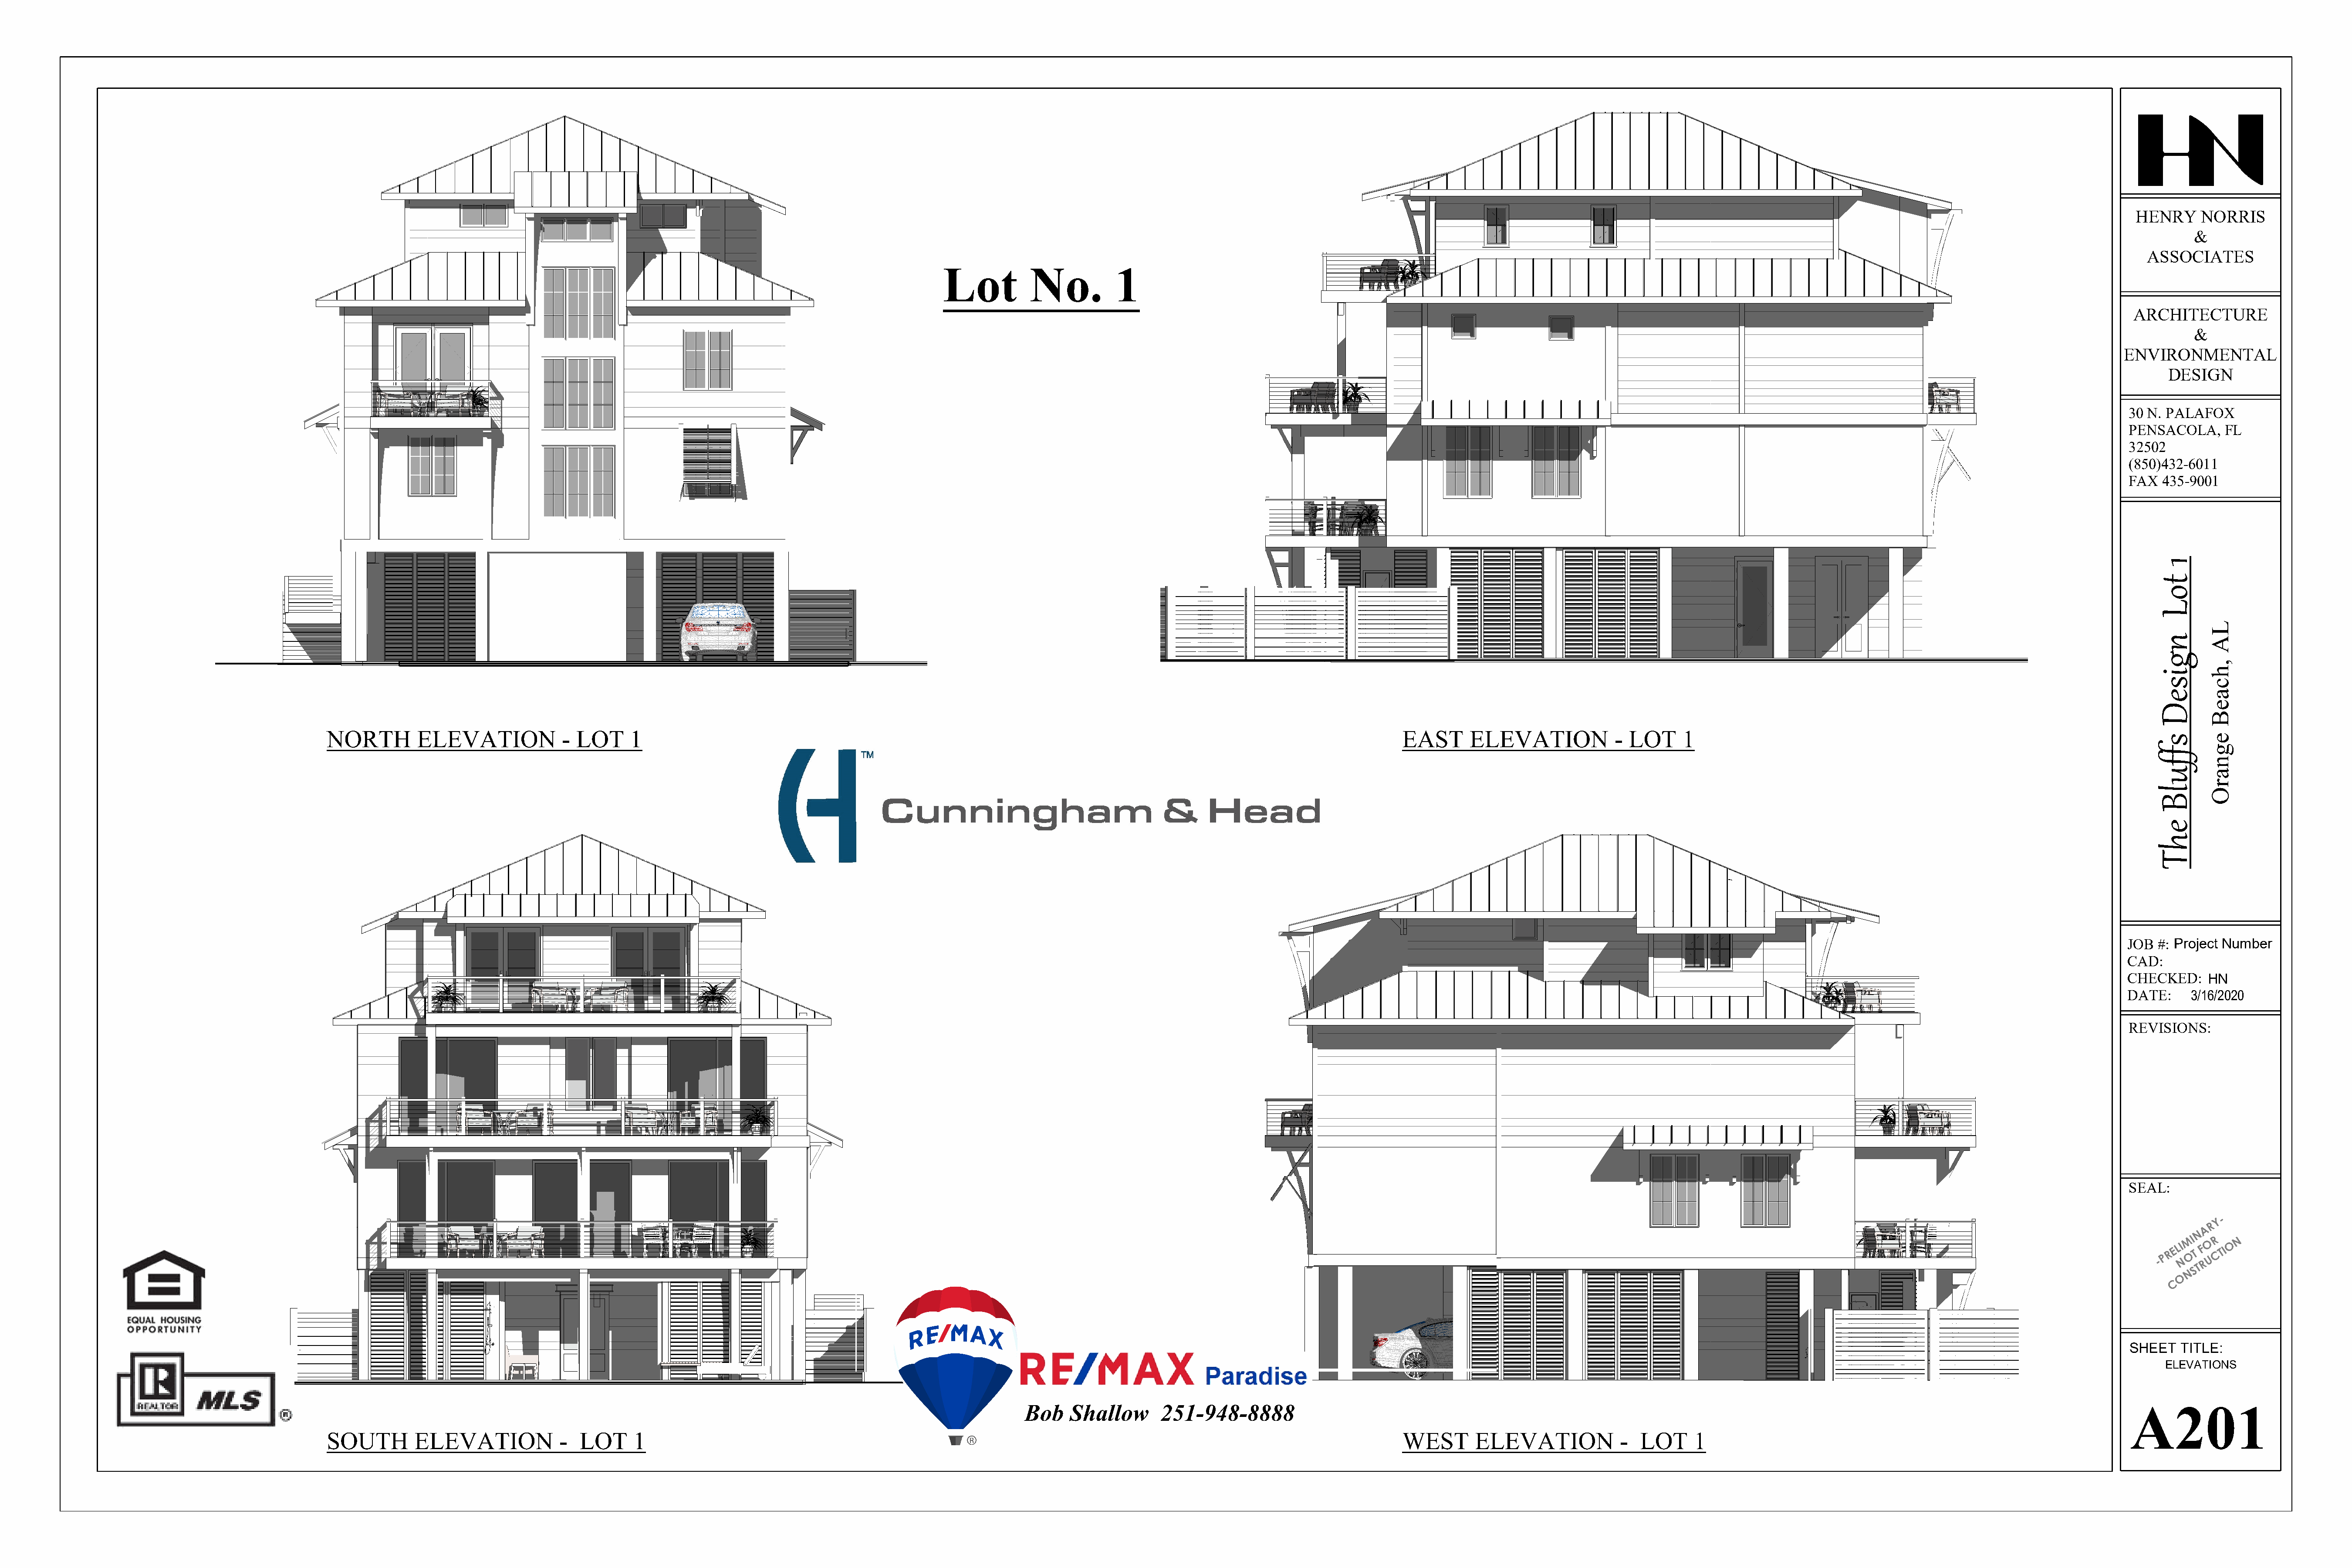
HENRY     NORRIS
 &
 ASSOCIATES
 Lot           No.         1
 ARCHITECTURE
 &
 ENVIRONMENTAL
 DESIGN
 30 N. PALAFOX
 PENSACOLA,    FL
 32502
 (850)432-6011
 FAX  435-9001
 NORTH        ELEVATION             -  LOT     1                                                                                                                    EAST      ELEVATION             -  LOT     1
 JOB  #: P roject Number
 CAD:
 CHECKED:     HN
 DATE:     3/16/2020
 REVISIONS:
 SEAL:
 Y -
 R
 A
 N
 MI   R  N
 - P R E LI N O T F R O U C TIO
 ST
 N
 O
 C
 SHEET  TITLE:
 ELEVATIONS
 A201
 Bob    Shallow      251-948-8888
 SOUTH        ELEVATION             -  LOT     1                                                                                                                    WEST       ELEVATION             -  LOT     1
 LA
 ,hcaeB
 egnarO